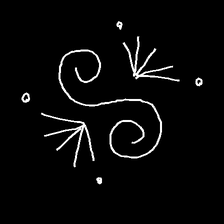
Glyph: aeroform